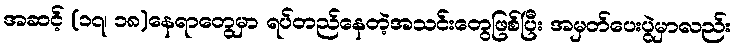
အဆင့် (၁၇၊ ၁၈)နေရာတွေမှာ ရပ်တည်နေတဲ့အသင်းတွေဖြစ်ပြီး အမှတ်ပေးပွဲမှာလည်း